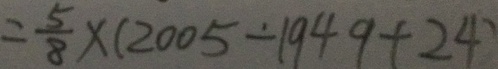
= \frac { 5 } { 8 } \times ( 2 0 0 5 - 1 9 4 9 + 2 4 )